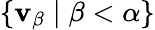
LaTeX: \{ \mathbf{v}_{\beta}\mid\beta<\alpha\}